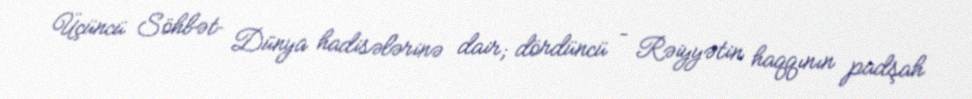
Üçüncü Söhbət– Dünya hadisələrinə dair; dördüncü – Rəiyyətin haqqının padşah